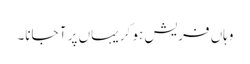
وہاں فریش ہو کر یہاں پر آ جانا۔